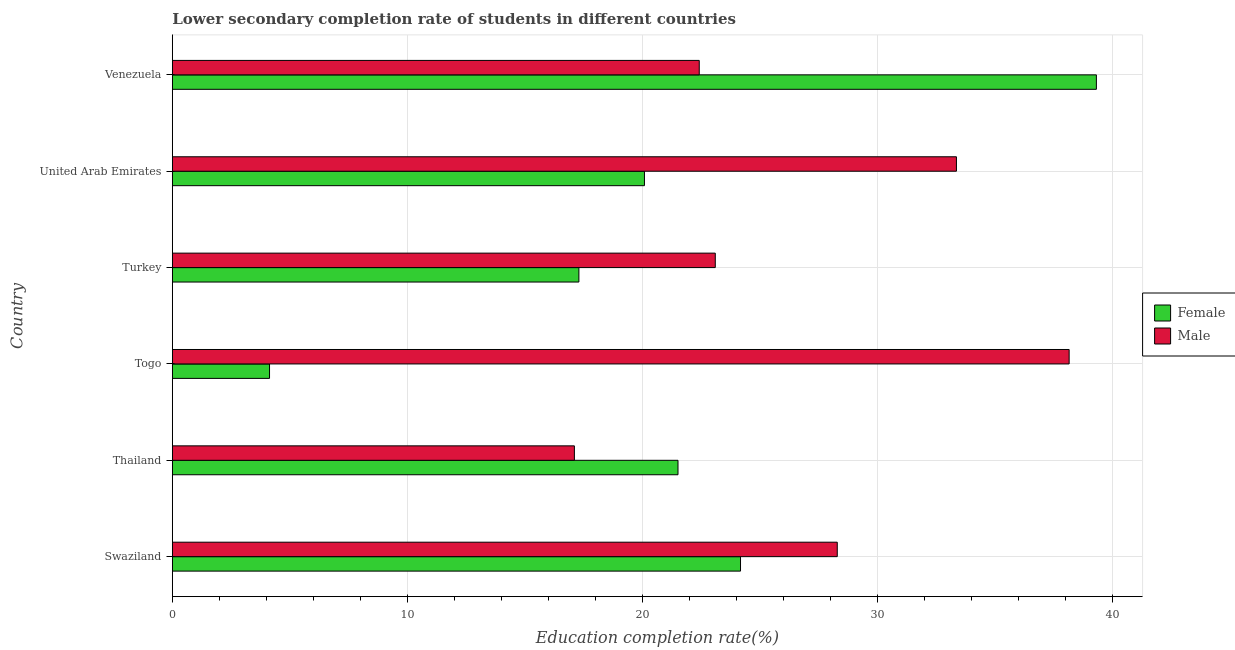
| Country | Female | Male |
 | --- | --- | --- |
 | Swaziland | 24.2 | 28.3 |
 | Thailand | 21.5 | 17.1 |
 | Togo | 4.13 | 38.2 |
 | Turkey | 17.3 | 23.1 |
 | United Arab Emirates | 20.1 | 33.4 |
 | Venezuela | 39.3 | 22.4 |